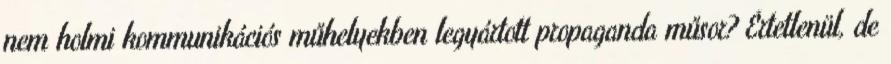
nem holmi kommunikációs műhelyekben legyártott propaganda műsor? Értetlenül, de